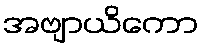
အဗျာယိကော